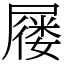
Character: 屦